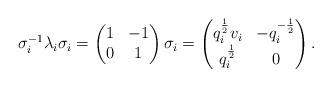
LaTeX: \begin{align*}\sigma_i^{-1}\lambda_i \sigma_i = \begin{pmatrix} 1 & -1 \\ 0 & 1 \end{pmatrix} \sigma_i=\begin{pmatrix} q_i^{\frac12}v_i & -q_i^{-\frac12}\\ q_i^{\frac12} & 0 \end{pmatrix}.\end{align*}